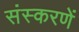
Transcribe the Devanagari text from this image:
संस्करणें